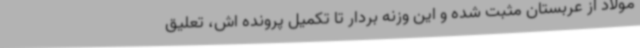
مولاد از عربستان مثبت شده و این وزنه بردار تا تکمیل پرونده اش، تعلیق